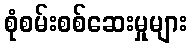
စုံစမ်းစစ်ဆေးမှုများ